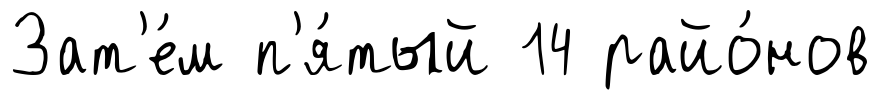
Зат'е́м п'я́тый 14 райо́нов